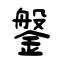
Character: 鎜